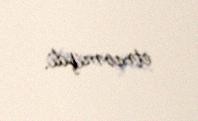
etməmişdi.